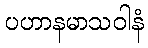
ပဟာနမာသဝါနံ